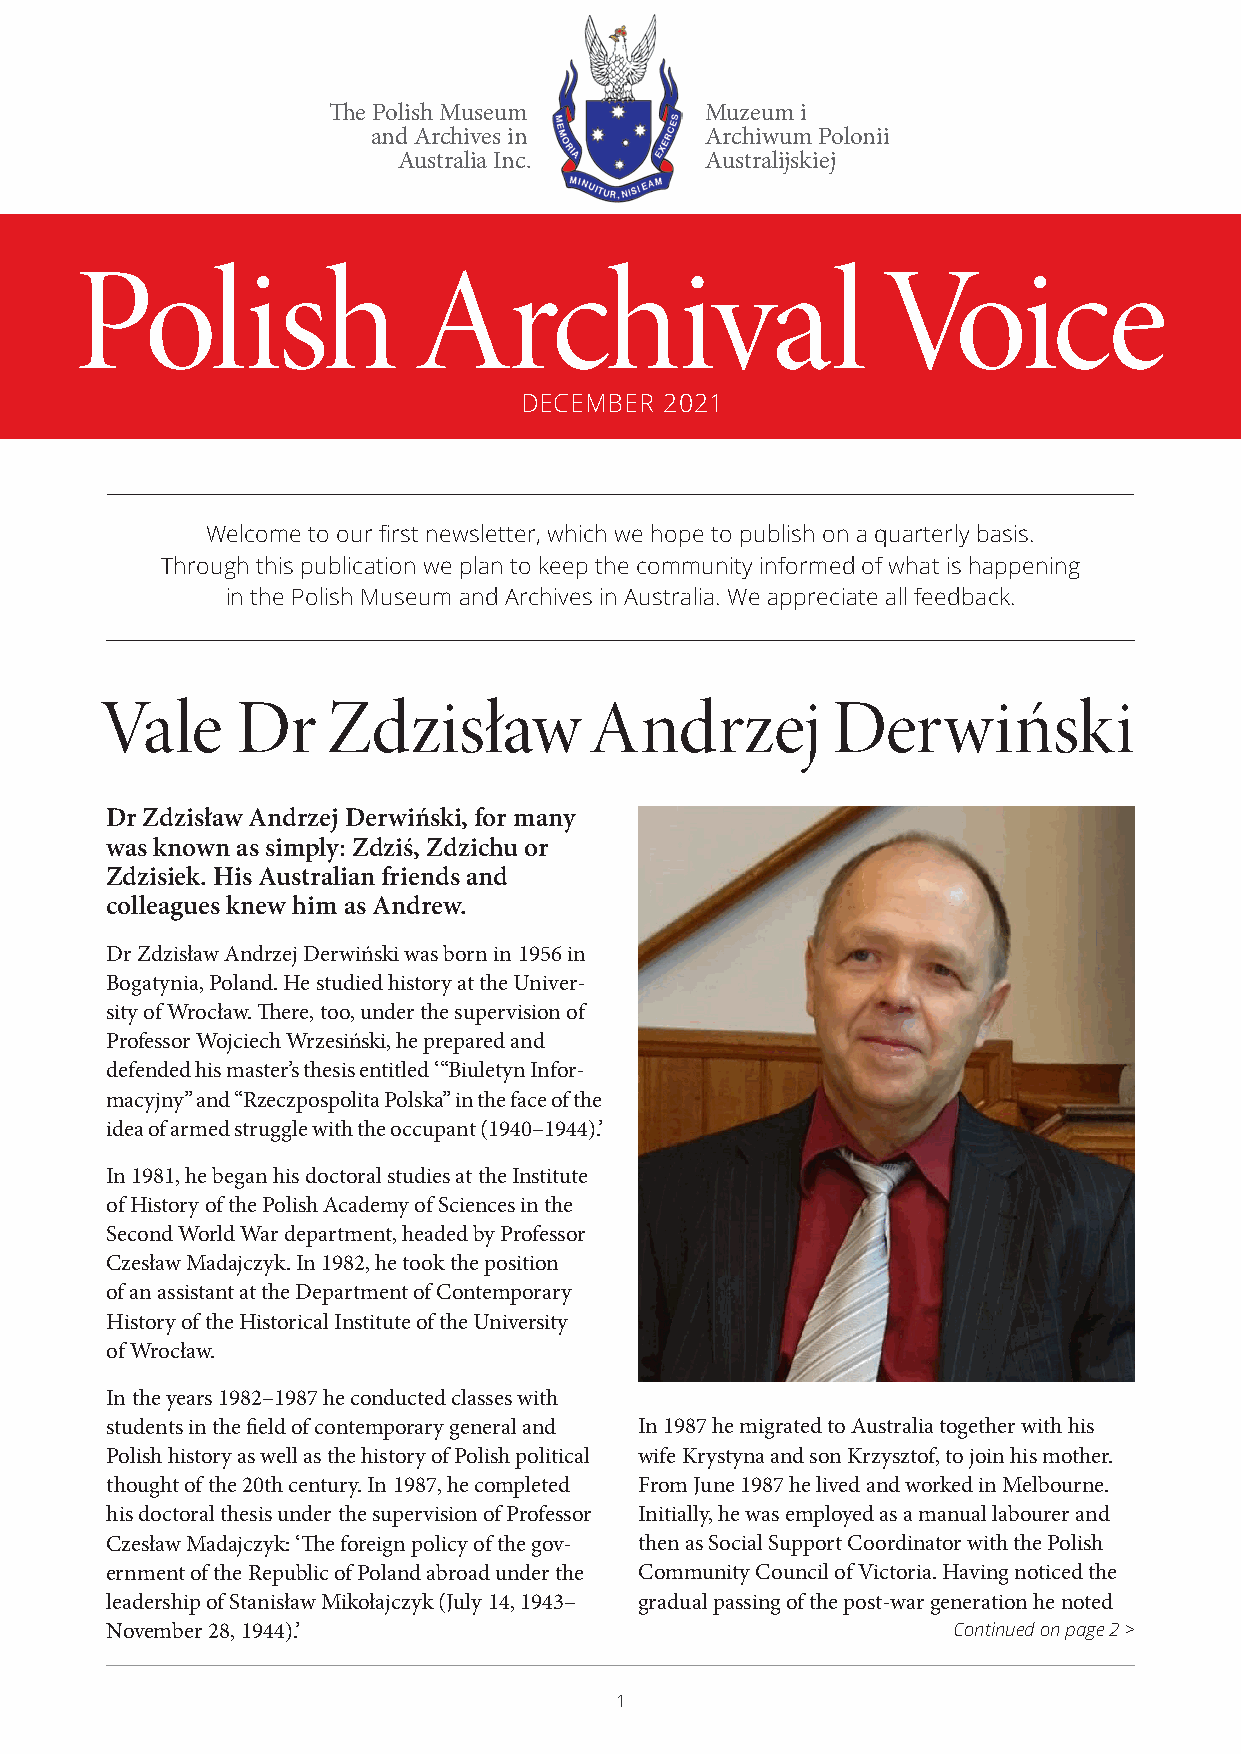
The Polish Museum        Muzeum i
 and Archives in       Archiwum Polonii
 Australia Inc.       Australijskiej
 Polish                Archival                       Voice
 DECEMBER  2021
 Welcome to our first newsletter, which we hope to publish on a quarterly basis.
 Through this publication we plan to keep the community informed of what is happening
 in the Polish Museum and Archives in Australia. We appreciate all feedback.
 Vale     Dr    Zdzisław         Andrzej         Derwiński
 Dr Zdzisław Andrzej Derwiński, for many
 was known as simply: Zdziś, Zdzichu or
 Zdzisiek. His Australian friends and
 colleagues knew him as Andrew.
 Dr Zdzisław Andrzej Derwiński was born in 1956 in
 Bogatynia, Poland. He studied history at the Univer-
 sity of Wrocław. There, too, under the supervision of
 Professor Wojciech Wrzesiński, he prepared and
 defended his master’s thesis entitled ‘ “Biuletyn Infor-
 macyjny” and “Rzeczpospolita Polska” in the face of the
 idea of armed struggle with the occupant (1940–1944).’
 In 1981, he began his doctoral studies at the Institute
 of History of the Polish Academy of Sciences in the
 Second World War department, headed by Professor
 Czesław Madajczyk. In 1982, he took the position
 of an assistant at the Department of Contemporary
 History of the Historical Institute of the University
 of Wrocław.
 In the years 1982–1987 he conducted classes with
 students in the field of contemporary general and In 1987 he migrated to Australia together with his
 Polish history as well as the history of Polish political wife Krystyna and son Krzysztof, to join his mother.
 thought of the 20th century. In 1987, he completed From June 1987 he lived and worked in Melbourne.
 his doctoral thesis under the supervision of Professor Initially, he was employed as a manual labourer and
 Czesław Madajczyk: ‘The foreign policy of the gov- then as Social Support Coordinator with the Polish
 ernment of the Republic of Poland abroad under the Community Council of Victoria. Having noticed the
 leadership of Stanisław Mikołajczyk (July 14, 1943– gradual passing of the post-war generation he noted
 November 28, 1944).’                                    Continued on page 2 >
 1